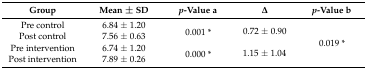
<table><thead><tr><td><b>Group</b></td><td><b>Mean ± SD</b></td><td><b><i>p</i>-Value a</b></td><td><b>Δ</b></td><td><b><i>p</i>-Value b</b></td></tr></thead><tbody><tr><td>Pre control</td><td>6.84 ± 1.20</td><td rowspan="2">0.001 *</td><td rowspan="2">0.72 ± 0.90</td><td rowspan="4">0.019 *</td></tr><tr><td>Post control</td><td>7.56 ± 0.63</td></tr><tr><td>Pre intervention</td><td>6.74 ± 1.20</td><td rowspan="2">0.000 *</td><td rowspan="2">1.15 ± 1.04</td></tr><tr><td>Post intervention</td><td>7.89 ± 0.26</td></tr></tbody></table>